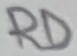
Text: RD